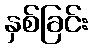
နှစ်ခြင်း